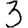
Digit: 3